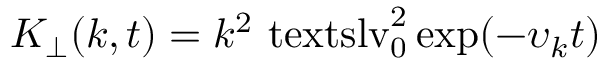
K _ { \perp } ( k , t ) = k ^ { 2 } \ensuremath { \mathrm { \ t e x t s l { v } } _ { 0 } } ^ { 2 } \exp ( - \upsilon _ { k } t )